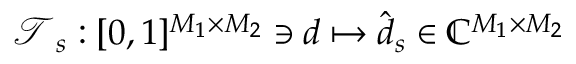
\boldsymbol { \mathcal { T } } _ { s } : [ 0 , 1 ] ^ { M _ { 1 } \times M _ { 2 } } \ni \boldsymbol { d } \mapsto \hat { \boldsymbol { d } } _ { s } \in \mathbb { C } ^ { M _ { 1 } \times M _ { 2 } }